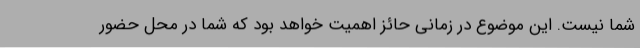
شما نیست. این موضوع در زمانی حائز اهمیت خواهد بود که شما در محل حضور